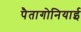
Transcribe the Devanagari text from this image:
पैतागोनियाई